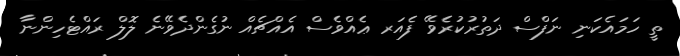
ތީ ހަމައެކަނި ނަފްސް ދަތުރުކުރެވޭ ފެއަރ ޢެއްވެސް އެއްޗެއް ނުގެންދެވޭނެ ލޮލް ރައްޓެހިންނާ